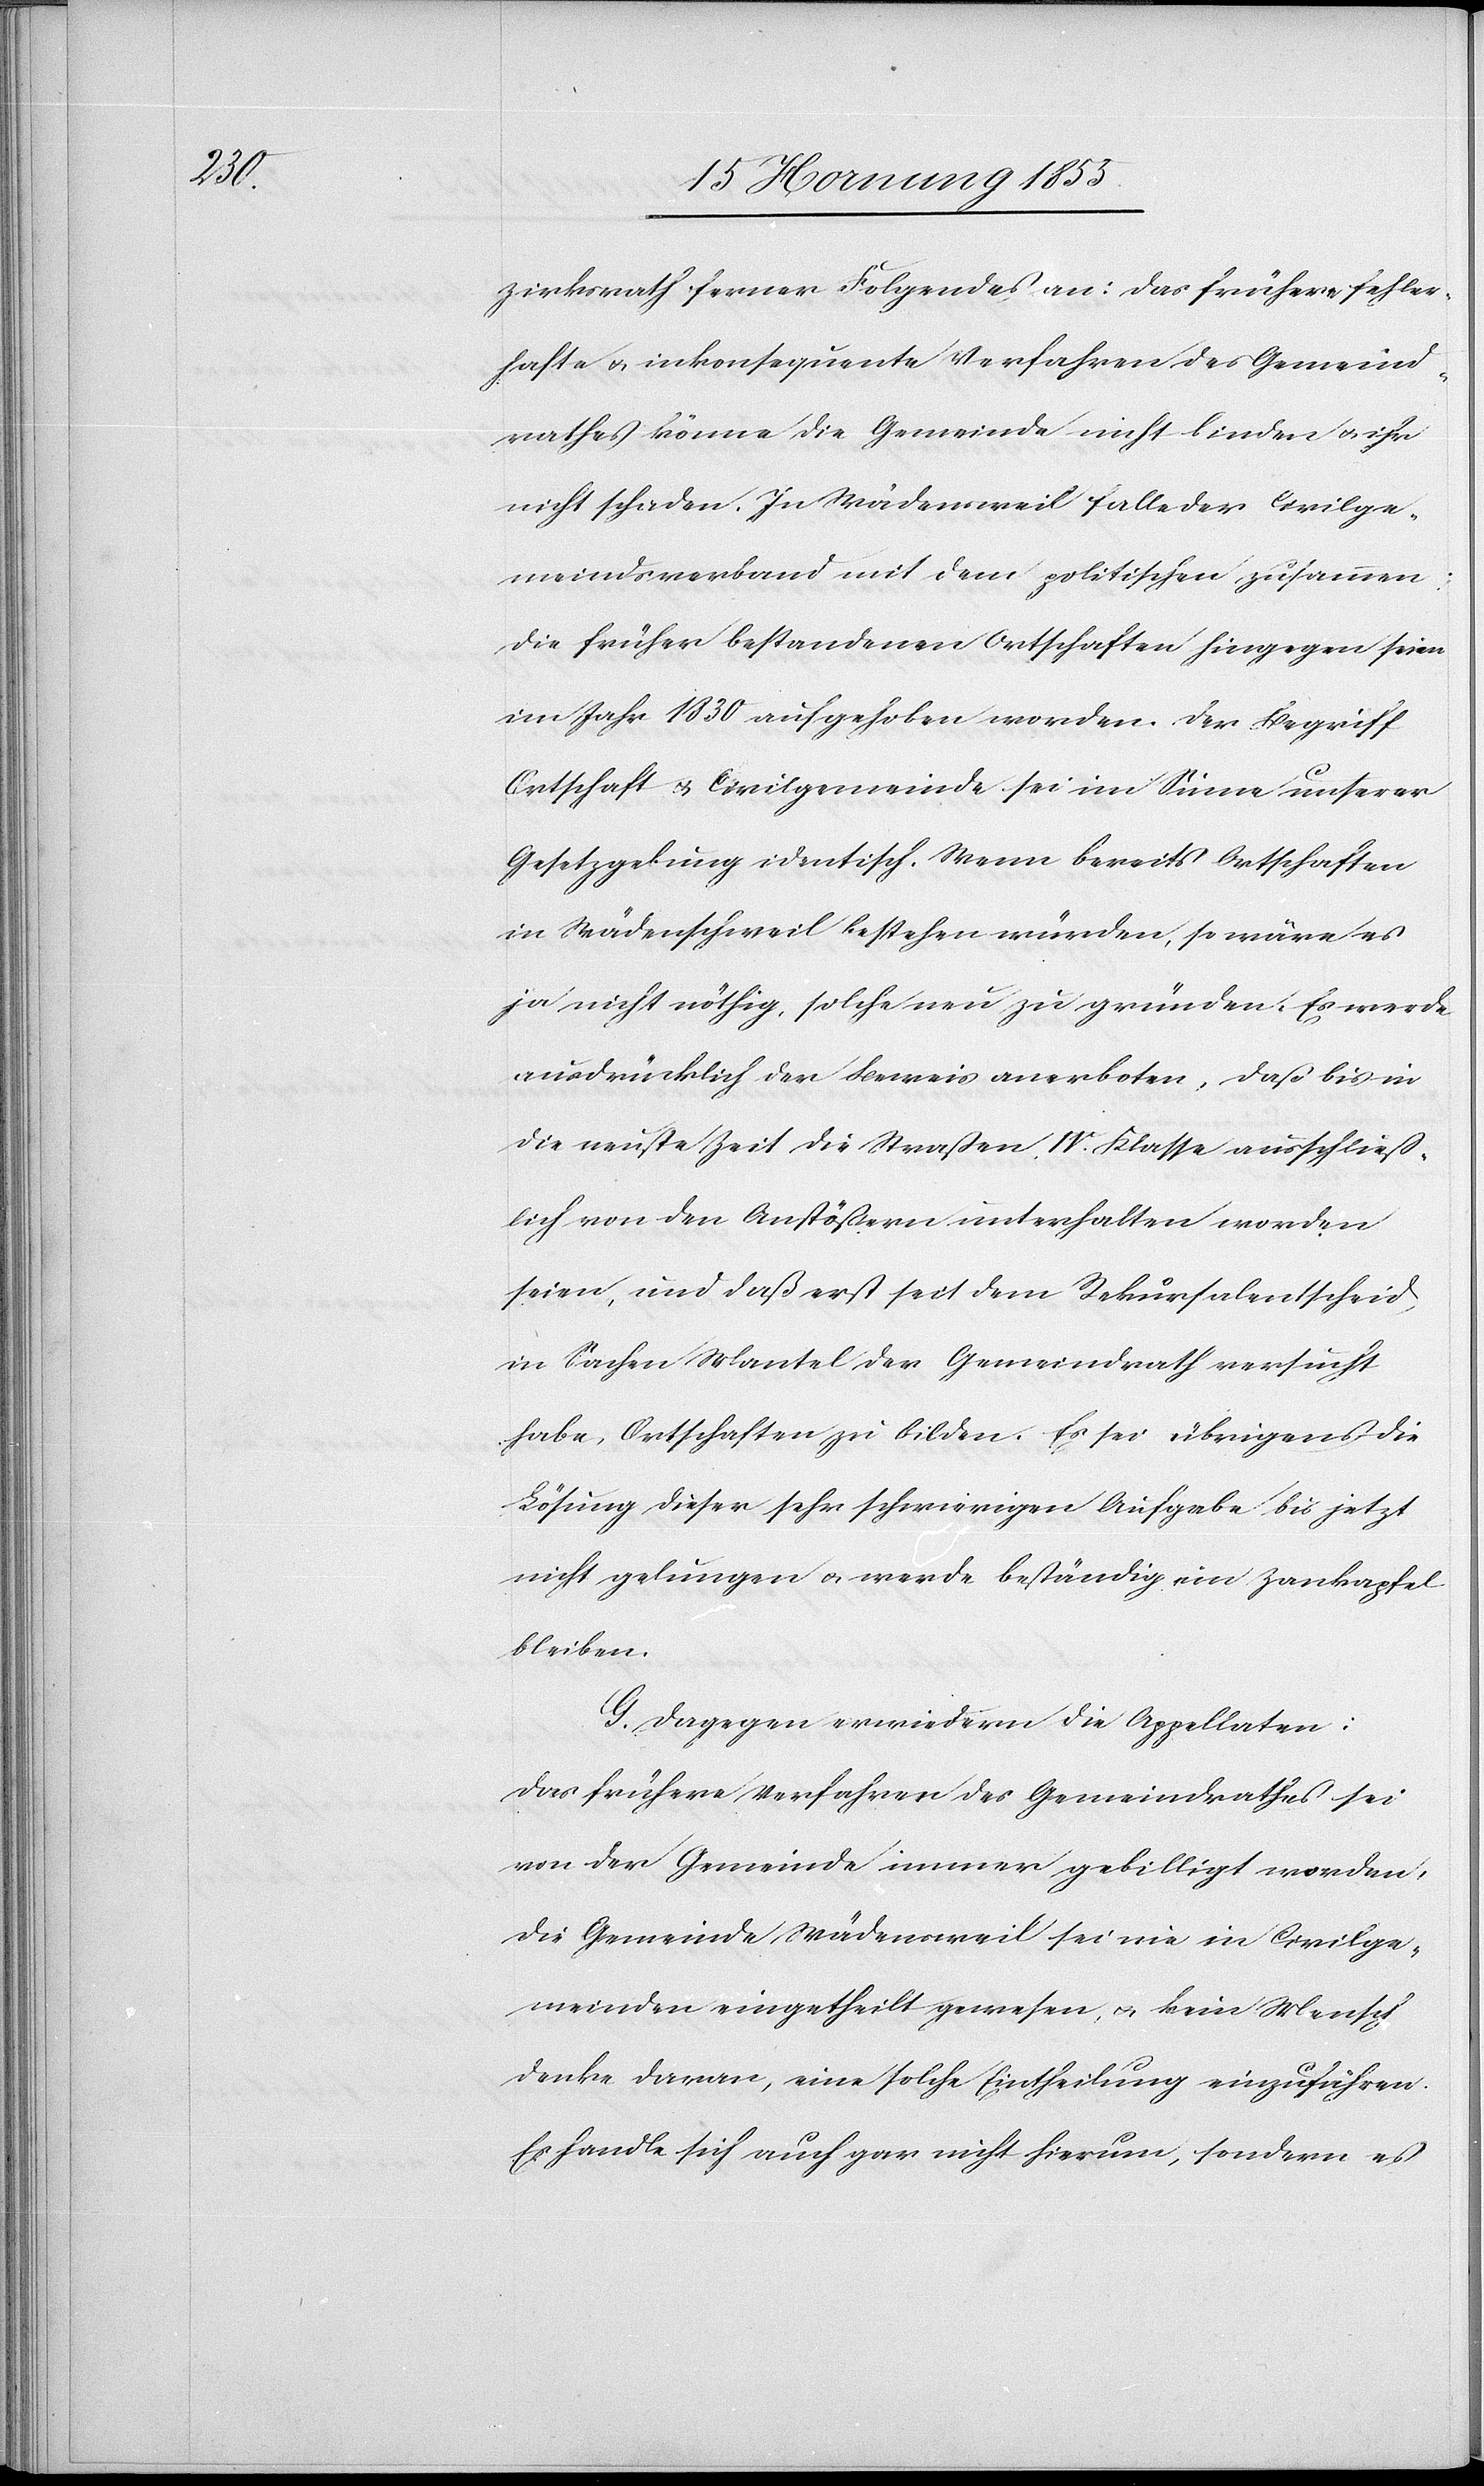
zirksrath ferner Folgendes an: Das frühere fehler¬
hafte & inkonsequente Verfahren des Gemeind¬
rathes könne die Gemeinde nicht binden & ihr
nicht schaden. In Wädensweil falle der Civilge¬
meindsverband mit dem politischen zusammen;
die früher bestandenen Ortschaften hingegen seien
im Jahr 1830 aufgehoben worden. Der Begriff
Ortschaft & Civilgemeinde sei im Sinne unserer
Gesetzgebung identisch. Wenn bereits Ortschaften
in Wädensweil bestehen würden, so wäre es
ja nicht nöthig, solche neu zu gründen. Es werde
ausdrücklich der Beweis anerboten, daß bis in
die neuste Zeit die Straßen IV. Klasse ausschliess¬
lich von den Anstößern unterhalten worden
seien, und daß erst seit dem Rekursalentscheid
in Sachen Mantel der Gemeindrath versucht
habe, Ortschaften zu bilden. Es sei übrigens die
Lösung dieser sehr schwierigen Aufgabe bis jetzt
nicht gelungen & werde beständig ein Zankapfel
bleiben.
G. Dagegen erwiedern die Appellaten:
Das frühere Verfahren des Gemeindrathes sei
von der Gemeinde immer gebilligt worden,
die Gemeinde Wädensweil sei nie in Civilge¬
meinden eingetheilt gewesen, & kein Mensch
denke daran, eine solche Eintheilung einzuführen.
Es handle sich auch gar nicht hierum, sondern es